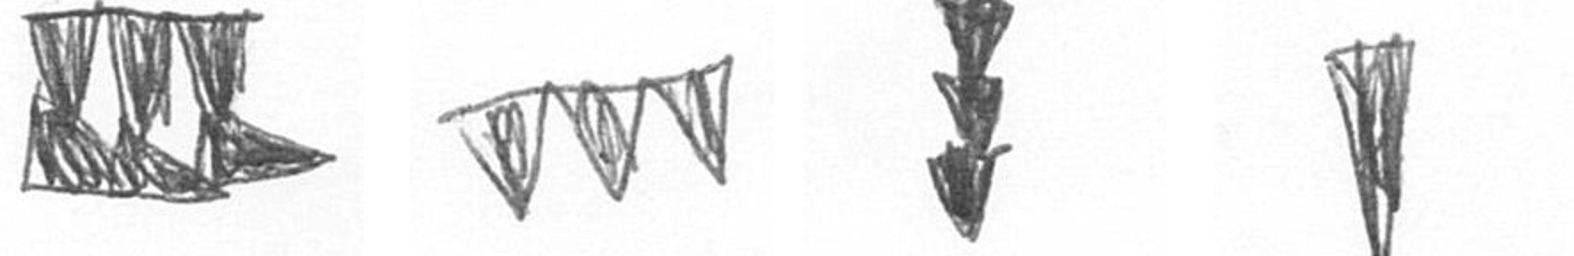
D L E J